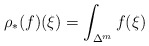
\begin{align*}\rho_*(f)(\xi) = \int_{\Delta^m} f(\xi)\end{align*}